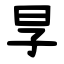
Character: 㫗